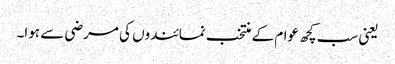
یعنی سب کچھ عوام کے منتخب نمائندوں کی مرضی سے ہوا۔